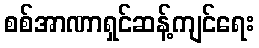
စစ်အာဏာရှင်ဆန့်ကျင်ရေး